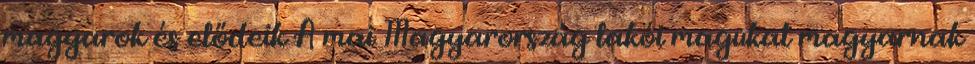
magyarok és elődeik A mai Magyarország lakói magukat magyarnak